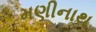
મણીનાથ